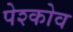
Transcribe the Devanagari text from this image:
पेश्कोव